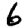
Digit: 6